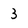
Character: 3